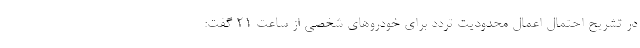
در تشریح احتمال اعمال محدودیت تردد برای خودروهای شخصی از ساعت ٢١ گفت: